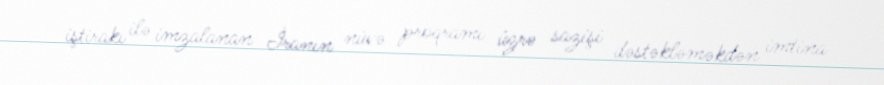
iştirakı ilə imzalanan İranın nüvə proqramı üzrə sazişi dəstəkləməkdən imtina